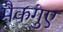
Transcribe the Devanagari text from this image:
मैकगुए